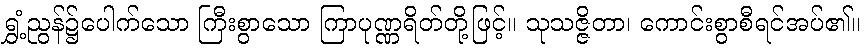
ရွှံ့ညွန်၌ပေါက်သော ကြီးစွာသော ကြာပုဏ္ဏရိတ်တို့ဖြင့်။ သုသဇ္ဇိတာ၊ ကောင်းစွာစီရင်အပ်၏။